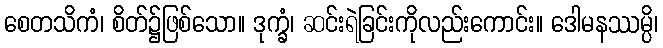
စေတသိကံ၊ စိတ်၌ဖြစ်သော။ ဒုက္ခံ၊ ဆင်းရဲခြင်းကိုလည်းကောင်း။ ဒေါမနဿမ္ပိ၊